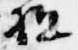
駈